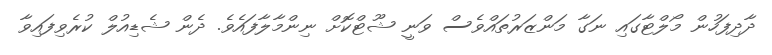
ދާދިފަހުން މޯލްޓާގައި ނަގާ މަންޒަރުތައްވެސް ވަނީ ޝޫޓްކޮށް ނިންމާލާފައެވެ. ދެން ޝެޑިއުލް ކުރެވިފައިވާ